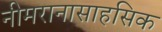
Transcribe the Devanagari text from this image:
नीमरानासाहसिक